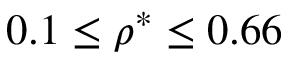
0 . 1 \le \rho ^ { * } \le 0 . 6 6